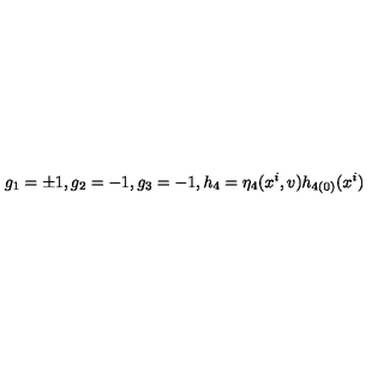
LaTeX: g _ { 1 } = \pm 1 , g _ { 2 } = - 1 , g _ { 3 } = - 1 , h _ { 4 } = \eta _ { 4 } ( x ^ { i } , v ) h _ { 4 ( 0 ) } ( x ^ { i } )